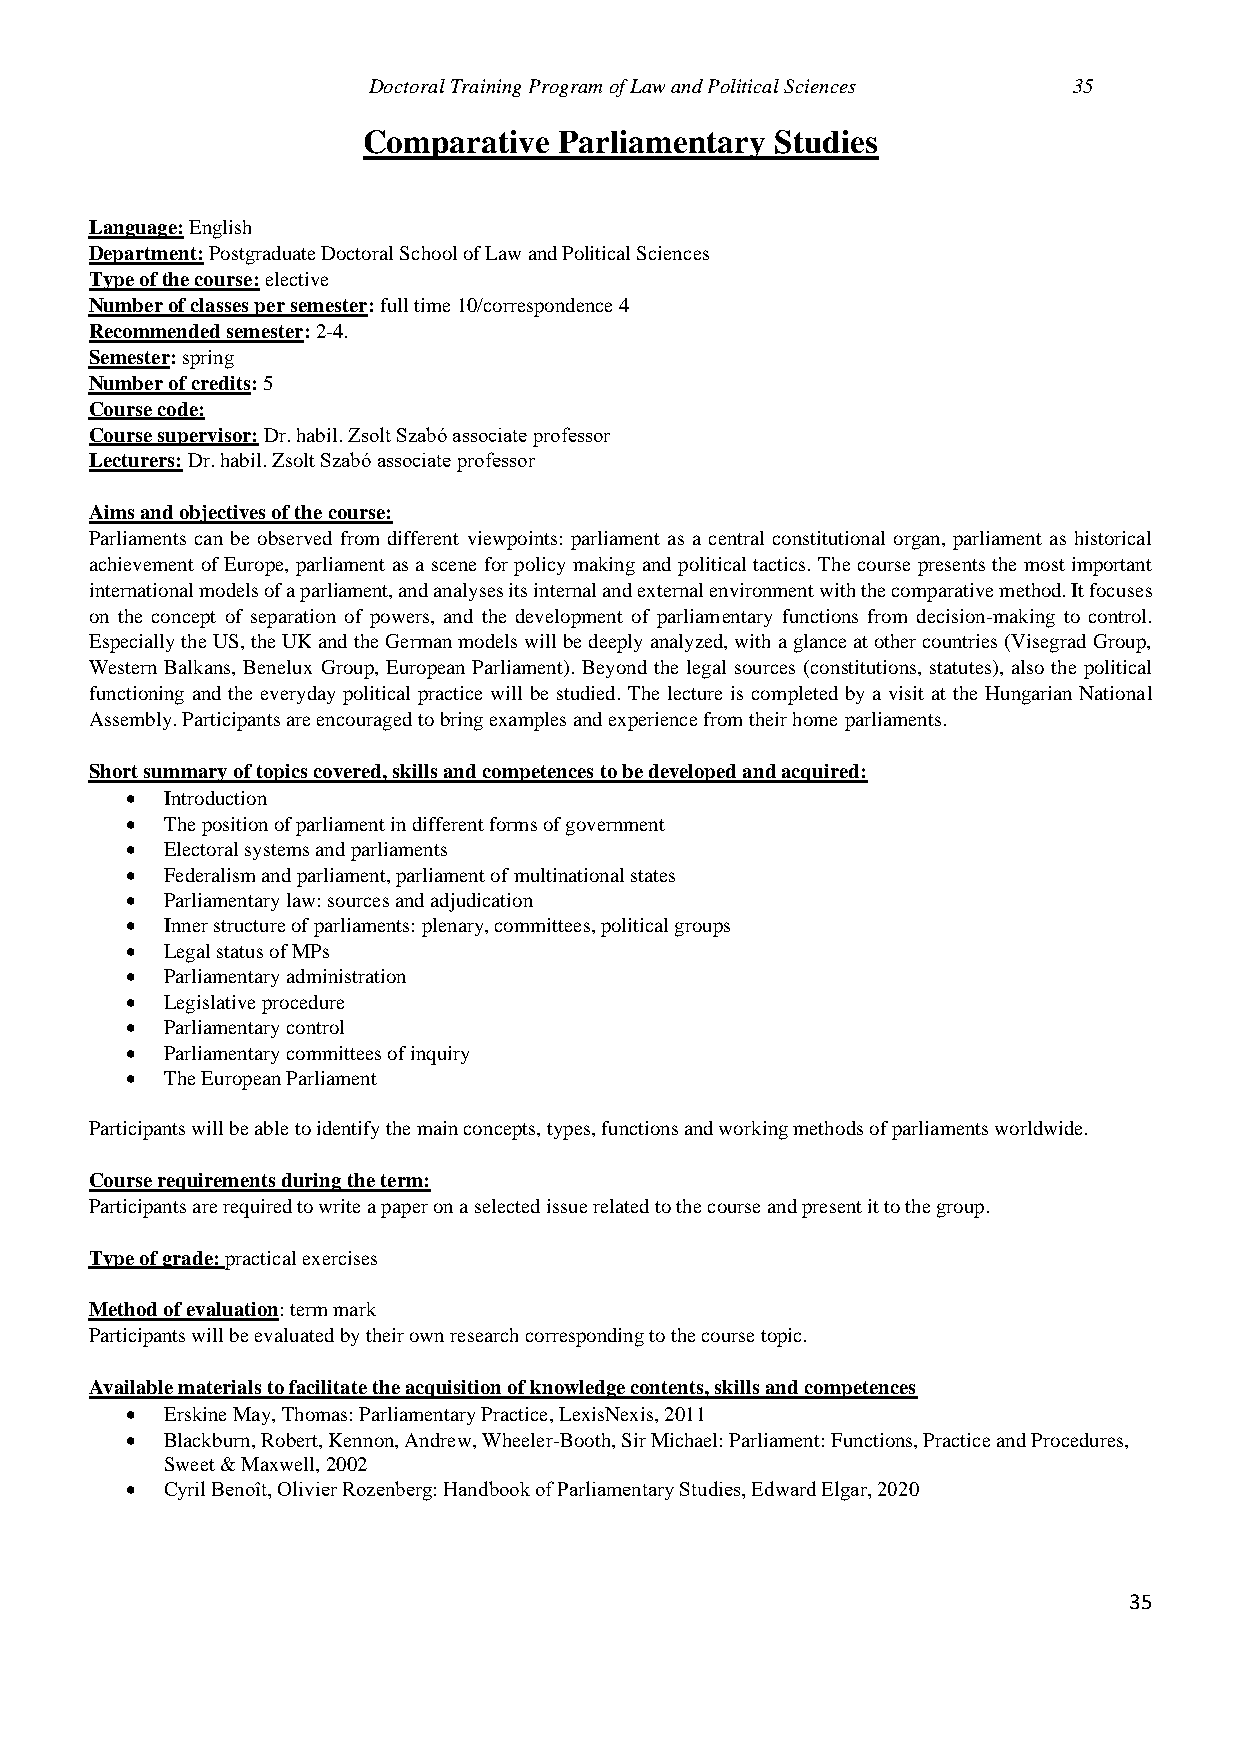
Doctoral Training Program of Law and Political Sciences 35
 Comparative  Parliamentary Studies
 Language: English
 Department: Postgraduate Doctoral School of Law and Political Sciences
 Type of the course: elective
 Number of classes per semester: full time 10/correspondence 4
 Recommended semester: 2-4.
 Semester: spring
 Number of credits: 5
 Course code:
 Course supervisor: Dr. habil. Zsolt Szabó associate professor
 Lecturers: Dr. habil. Zsolt Szabó associate professor
 Aims and objectives of the course:
 Parliaments can be observed from different viewpoints: parliament as a central constitutional organ, parliament as historical
 achievement of Europe, parliament as a scene for policy making and political tactics. The course presents the most important
 international models of a parliament, and analyses its internal and external environment with the comparative method. It focuses
 on the concept of separation of powers, and the development of parliamentary functions from decision-making to control.
 Especially the US, the UK and the German models will be deeply analyzed, with a glance at other countries (Visegrad Group,
 Western Balkans, Benelux Group, European Parliament). Beyond the legal sources (constitutions, statutes), also the political
 functioning and the everyday political practice will be studied. The lecture is completed by a visit at the Hungarian National
 Assembly. Participants are encouraged to bring examples and experience from their home parliaments.
 Short summary of topics covered, skills and competences to be developed and acquired:
 •  Introduction
 •  The position of parliament in different forms of government
 •  Electoral systems and parliaments
 •  Federalism and parliament, parliament of multinational states
 •  Parliamentary law: sources and adjudication
 •  Inner structure of parliaments: plenary, committees, political groups
 •  Legal status of MPs
 •  Parliamentary administration
 •  Legislative procedure
 •  Parliamentary control
 •  Parliamentary committees of inquiry
 •  The European Parliament
 Participants will be able to identify the main concepts, types, functions and working methods of parliaments worldwide.
 Course requirements during the term:
 Participants are required to write a paper on a selected issue related to the course and present it to the group.
 Type of grade: practical exercises
 Method of evaluation: term mark
 Participants will be evaluated by their own research corresponding to the course topic.
 Available materials to facilitate the acquisition of knowledge contents, skills and competences
 •  Erskine May, Thomas: Parliamentary Practice, LexisNexis, 2011
 •  Blackburn, Robert, Kennon, Andrew, Wheeler-Booth, Sir Michael: Parliament: Functions, Practice and Procedures,
 Sweet & Maxwell, 2002
 •  Cyril Benoît, Olivier Rozenberg: Handbook of Parliamentary Studies, Edward Elgar, 2020
 35